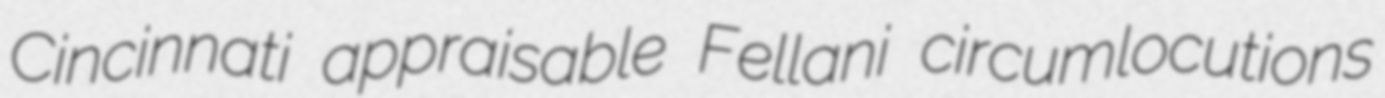
Cincinnati appraisable Fellani circumlocutions